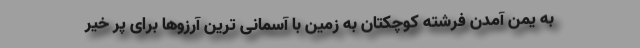
به یمن آمدن فرشته کوچکتان به زمین با آسمانی ترین آرزوها برای پر خیر